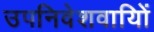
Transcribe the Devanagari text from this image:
उपनिवेशवायिों